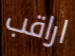
اراقب